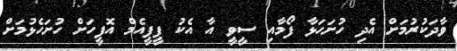
ވާދަކުރުމަށް އެދި ހުށަހަޅާ ފޯމާއި ސީވީ އާ އެކު ޕީޕީއެމް އޮފީހަށް ހުށަހެޅުމަށް